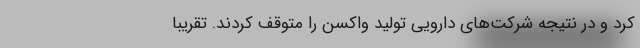
کرد و در نتیجه شرکت‌های دارویی تولید واکسن را متوقف کردند. تقریباً